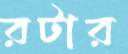
রটার